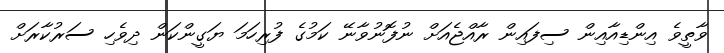
ވާތީވެ އިންޑިއާއިން ސިފައިން ރާއްޖެއަށް ނުފޮނުވާނޭ ކަމުގެ ފުރިހަމަ ޔަގީންކަން ދިވެހި ސަރުކާރަށް